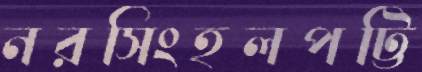
নরসিংহলপট্টি